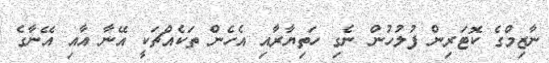
ނާޒިމްގެ ކޮޓަރިން ފުލުހުން ނެގި ހަތިޔާރާއި އެހެން ތަކެއްޗަކީ އޭނާ އާއި އޭނާގެ